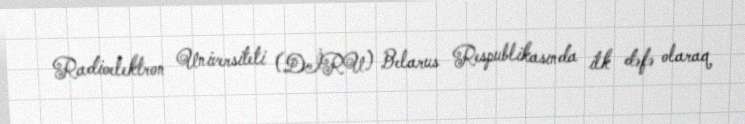
Radioelektron Universiteti (DİRU) Belarus Respublikasında ilk dəfə olaraq